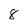
Character: 8